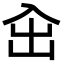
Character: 㒴